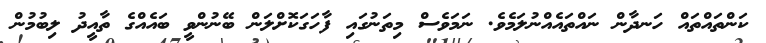
ކަންތައްތައް ހަނދާން ނައްތައެއްނުލަމެވެ. ނަމަވެސް މިތަނުގައި ފާހަގަކޮށްލަން ބޭނުންވީ ބައެއްގެ ތާއީދު ލިބުމުން